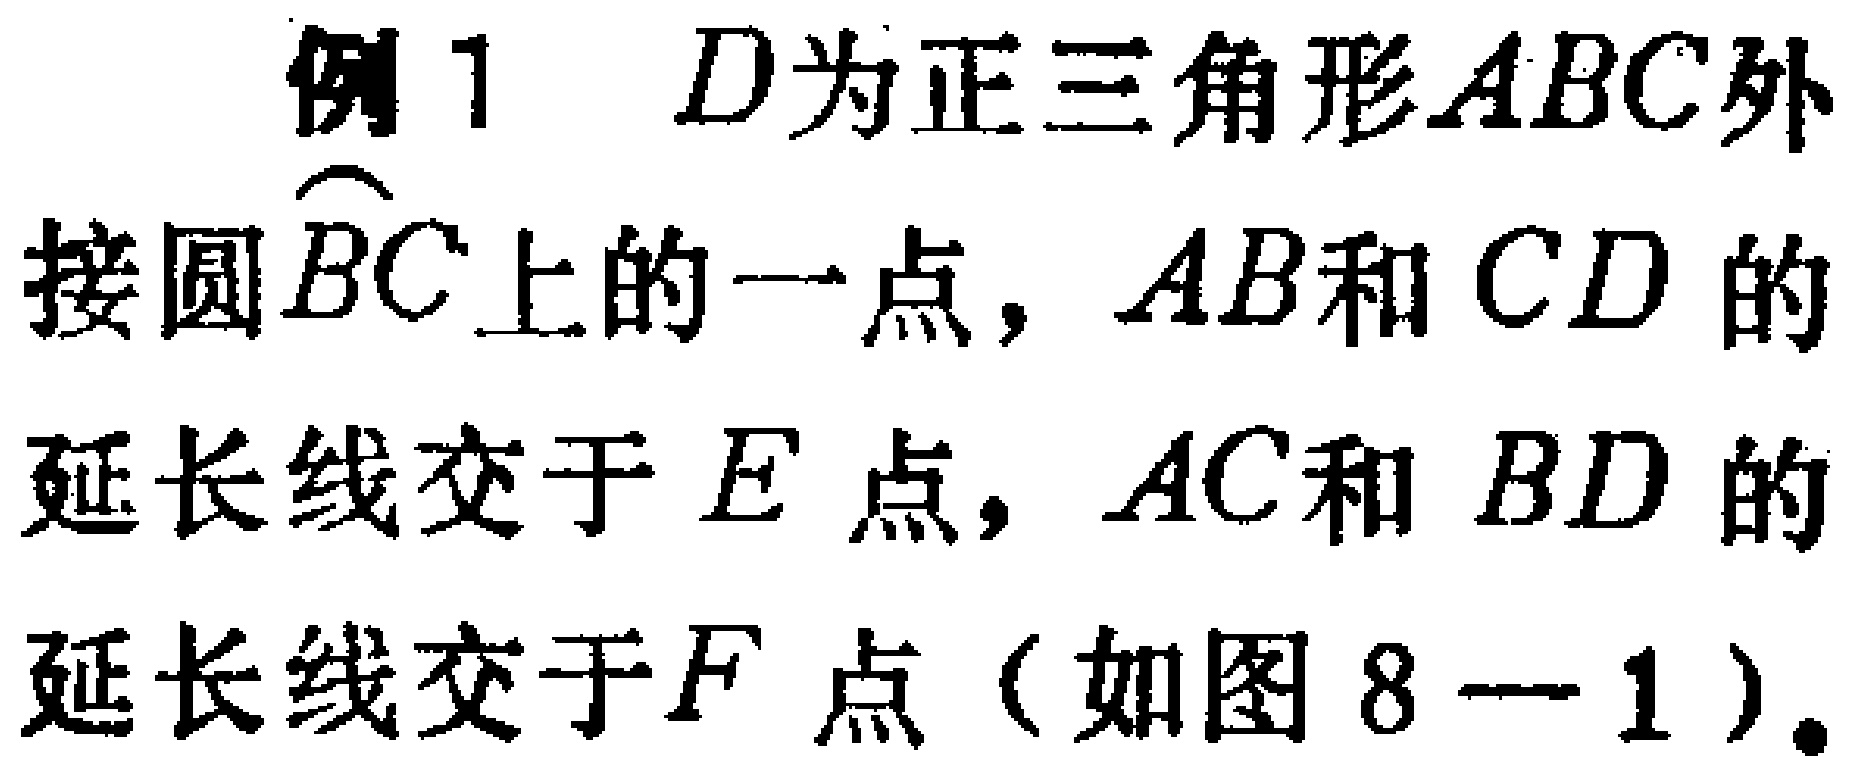
例1 \(D\)为正三角形\(ABC\)外接圆\(\overset{\frown}{BC}\)上的一点，\(AB\)和\(CD\)的延长线交于\(E\)点，\(AC\)和\(BD\)的延长线交于\(F\)点（如图8—1）。